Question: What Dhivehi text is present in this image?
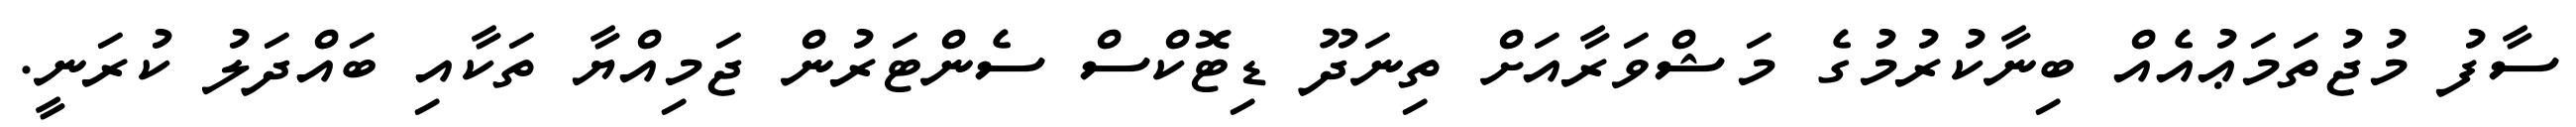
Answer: ސާފު މުޖުތަމަޢުއެއް ބިނާކުރުމުގެ މަޝްވަރާއަށް ތިނަދޫ ޑިޓޮކްސް ސެންޓަރުން ޖަމިއްޔާ ތަކާއި ބައްދަލު ކުރަނީ.